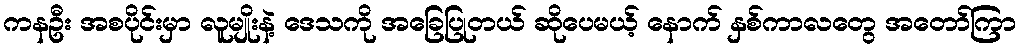
ကနဦး အစပိုင်းမှာ လူမျိုးနဲ့ ဒေသကို အခြေပြုတယ် ဆိုပေမယ့် နောက် နှစ်ကာလတွေ အတော်ကြာ